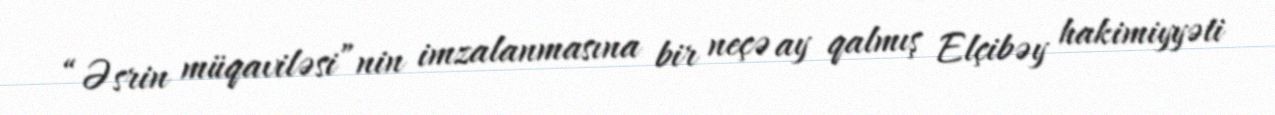
“Əsrin müqaviləsi”nin imzalanmasına bir neçə ay qalmış Elçibəy hakimiyyəti